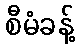
စီမံခန့်